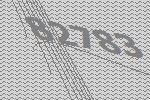
82783